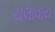
ચલાવાય